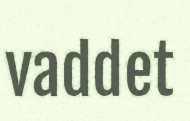
vaddet